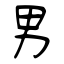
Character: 男